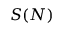
S ( N )